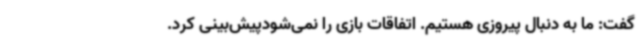
گفت: ما به دنبال پیروزی هستیم. اتفاقات بازی را نمی‌شودپیش‌بینی کرد.